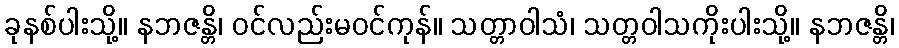
ခုနစ်ပါးသို့။ နဘဇန္တိ၊ ဝင်လည်းမဝင်ကုန်။ သတ္တာဝါသံ၊ သတ္တဝါသကိုးပါးသို့။ နဘဇန္တိ၊